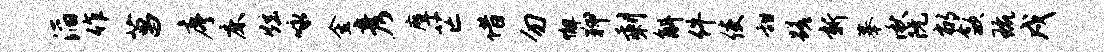
滔作菖序床炫咏金彦摩芒借勿懈狎剩斛件使甜蹉新摹湫阮郁歙琉戍